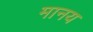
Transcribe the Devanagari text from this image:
मानय